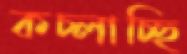
কচ্‌লাচ্ছি